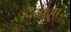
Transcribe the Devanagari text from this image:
देखुआ